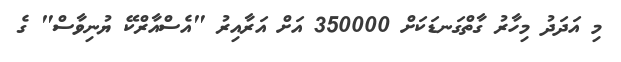
މި އަދަދު މިހާރު ގާތްގަނޑަކަށް 350000 އަށް އަރާއިރު "އެސްއާރްކޭ ޔުނިވާސް" ގެ